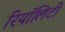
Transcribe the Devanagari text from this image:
रियॉलिटी